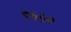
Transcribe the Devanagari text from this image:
९५५०